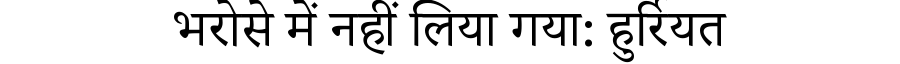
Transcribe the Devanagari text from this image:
भरोसे में नहीं लिया गया: हुर्रियत